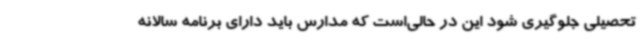
تحصیلی جلوگیری شود این در حالی‌است که مدارس باید دارای برنامه سالانه